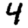
Digit: 4